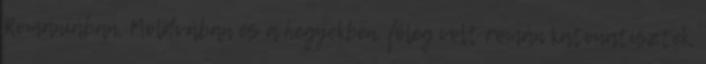
Romániában, Moldvában és a hegyekben, főleg volt román katonatisztek,